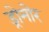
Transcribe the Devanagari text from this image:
ड्रोमोर